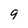
Character: q